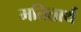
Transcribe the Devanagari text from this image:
मतितार्थ